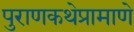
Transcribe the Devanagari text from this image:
पुराणकथेप्रामाणे